Lunatic asylums Punjab 1895-1910 - 1895-1910
Year: 1895
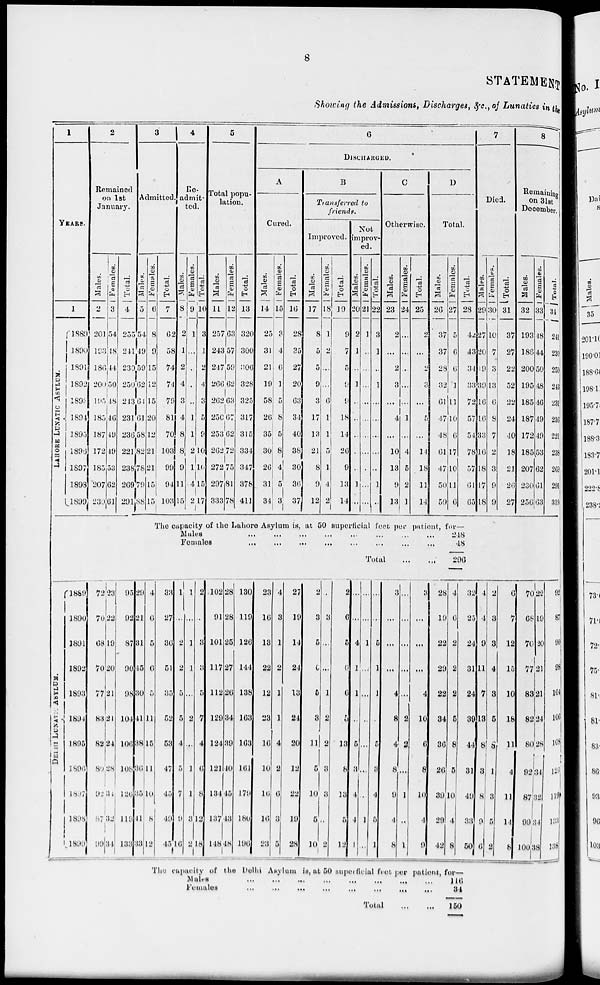
8
STATEMENT
Showing the Admissions, Discharges, &c., of Lunatics in the
1
YEARS
1
LAHORE LUNATIC AS YL UM.
1889
1890
1891
1892
1893
1894
1895
1896
1897
1898
1899
2
Remained
on 1st
January.
Males.
2
201
193
186
200
195
185
187
172
185
207
230
Females.
3
54
48
44
50
48
46
49
49
53
62
61
Total.
4
255
241
230
250
213
231
236
221
238
269
291
3
Admitted.
Males.
5
54
49
59
62
64
61
58
82
78
79
88
DELHI LUNATIC ASYLUM.
l889
1890
1891
1892
1893
1894
1895
1896
1897
1898
1899
72
70
68
70
77
83
82
80
92
87
99
23
22
19
20
21
21
24
28
34
32
34
95
92
87
90
98
104
106
108
126
119
133
29
21
31
45
30
41
38
36
35
41
33
Females.
6
8
9
15
12
15
20
12
21
21
15
15
Total.
7
62
58
74
74
79
81
70
103
99
94
103
4
Re-
admit-
ted.
Males.
8
2
1
2
4
3
4
8
8
9
11
15
Females.
9
1
...
...
...
...
1
1
2
1
4
2
Total.
10
3
1
2
4
3
5
9
10
10
15
17
5
Total popu-
lation.
Males.
11
257
243
247
266
262
250
253
262
272
297
333
Females.
12
63
57
59
62
63
67
62
72
75
81
78
Total.
13
320
300
306
328
325
317
315
334
347
378
411
6
DISCHARGED.
A
Cured.
Males.
14
25
31
21
19
58
26
35
30
26
31
34
Females.
15
3
4
6
1
5
8
5
8
4
5
3
Total.
16
28
35
27
20
63
34
40
38
30
36
37
B
Transferred to
friends.
Improved.
Males.
17
8
5
5
9
3
17
13
21
8
9
12
Females.
18
1
2
...
...
6
1
1
5
1
4
2
Total.
19
9
7
5
9
9
18
14
26
9
13
14
Not
improv-
ed.
Males.
20
2
1
...
1
...
...
...
...
...
1
...
Females.
21
1
...
...
...
...
...
...
...
...
...
...
Total.
22
3
1
..
1
...
...
...
...
...
1
...
C
Otherwise.
Males.
23
2
...
2
3
...
4
...
10
13
9
13
Females.
24
...
...
...
...
...
1
...
4
5
2
1
Total.
25
2
...
2
3
...
5
...
14
18
11
14
D
Total.
Males.
26
37
37
28
32
61
47
48
61
47
50
59
Females.
27
5
6
6
1
11
10
6
17
10
11
6
Total.
28
42
43
34
33
72
57
54
78
57
61
65
The capacity of the Lahore Asylum is, at 50 superficial feet per patient, for—
Males ... ... ... ... ... ... ... ...
Females
...
...
...
...
...
...
...
...
Total
...
...
4
6
5
6
5
11
15
11
10
8
12
33
27
36
51
35
52
53
47
45
49
43
1
...
2
2
5
5
4
5
7
9
16
1
...
1
1
...
2
..
1
1
3
2
2
...
3
3
5
7
4
6
8
12
18
102
91
101
117
112
120
124
121
134
137
148
28
28
25
27
26
34
39
40
45
43
48
180
119
126
144
138
163
163
161
179
180
196
23
16
13
22
12
23
16
10
16
16
23
4
3
1
2
1
1
4
2
6
3
5
27
19
14
24
13
24
20
12
22
19
28
2
3
5
6
5
3
11
5
10
5
10
..
3
...
...
1
2
2
3
3
..
2
2
6
5
6
6
5
13
8
13
5
12
...
...
4
1
1
...
5
3
4
4
1
...
...
1
...
...
..
...
...
...
1
...
...
...
5
1
1
..
5
3
4
5
1
3
...
...
...
4
8
4
8
0
4
8
...
...
...
...
...
2
2
...
1
..
1
3
...
...
...
4
10
6
8
10
4
9
28
19
22
29
22
34
36
26
39
29
42
248
48
296
4
6
2
2
2
5
8
5
10
4
8
32
25
24
31
24
39
44
31
49
33
50
The capacity of the Delhi Asylum is, at 50 superficial feet per patient, for—
Males ... ... ... ... ... ... ... ...
Females
...
...
...
...
...
...
...
...
Total
...
...
116
34
150
7
Died.
Males.
29
27
20
19
39
16
16
33
16
18
17
18
Females.
30
10
7
3
13
6
8
7
2
3
9
9
Total.
31
37
27
22
52
22
24
40
18
21
26
27
8
Remaining
on 31st
December.
Males.
32
193
186
200
195
185
187
172
185
207
230
256
Females.
33
48
44
50
48
46
49
49
53
62
61
63
Total.
34
241
230
250
243
231
236
221
238
263
291
319
4
4
9
11
7
18
8
3
8
9
6
2
3
3
4
3
5
8
1
3
5
2
6
7
12
15
10
18
11
4
11
14
8
70
68
70
77
83
82
80
92
87
99
100
22
19
20
21
21
24
28
34
32
34
38
92
87
90
98
104
106
108
126
119
133
138